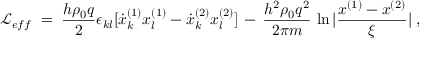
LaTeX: { \mathcal L } _ { e f f } \; = \; \frac { h \rho _ { 0 } q } { 2 } \epsilon _ { k l } [ \dot { x } _ { k } ^ { ( 1 ) } x _ { l } ^ { ( 1 ) } - \dot { x } _ { k } ^ { ( 2 ) } x _ { l } ^ { ( 2 ) } ] \, - \, \frac { h ^ { 2 } \rho _ { 0 } q ^ { 2 } } { 2 \pi m } \, \ln | \frac { x ^ { ( 1 ) } - x ^ { ( 2 ) } } { \xi } | \; ,